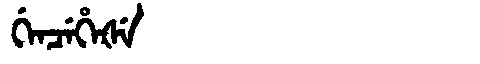
Manchu: ᡤᡝᠨᠴᡝᡥᡝᡧᡝ
Romanization: GENCEHEŠE